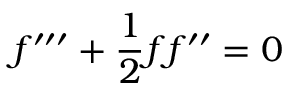
f ^ { \prime \prime \prime } + \frac { 1 } { 2 } f f ^ { \prime \prime } = 0